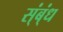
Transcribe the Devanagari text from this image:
स्ंब्ंध